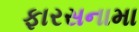
ફારસનામા